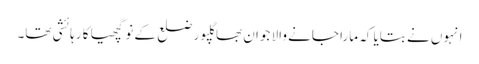
انہوں نے بتایا کہ مارا جانے والا جوان بھاگلپور ضلع کے نوگچھیا کا رہائشی تھا۔